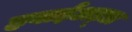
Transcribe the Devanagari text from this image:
हवाईअड़्डा